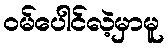
ဝမ်ပေါင်လဲ့မှာမူ